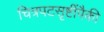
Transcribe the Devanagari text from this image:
चित्रपटसृष्टींपैकी